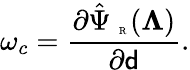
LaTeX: \omega_{c}=\frac{\partial\hat{\Psi}_{\mathrm{~\tiny~R~}}(\boldsymbol{\Lambda})}{\partial{\mathsf{d}}}.